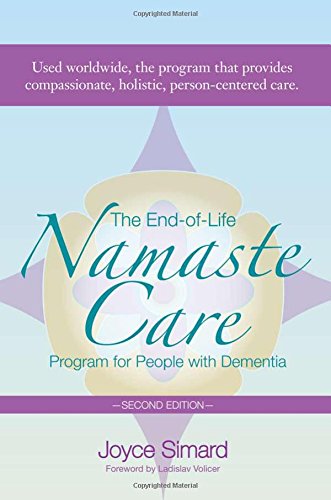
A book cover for The End-of-Life Namaste Care Program for People with Dementia, Second Edition; Joyce Simard  MSW; Self-Help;